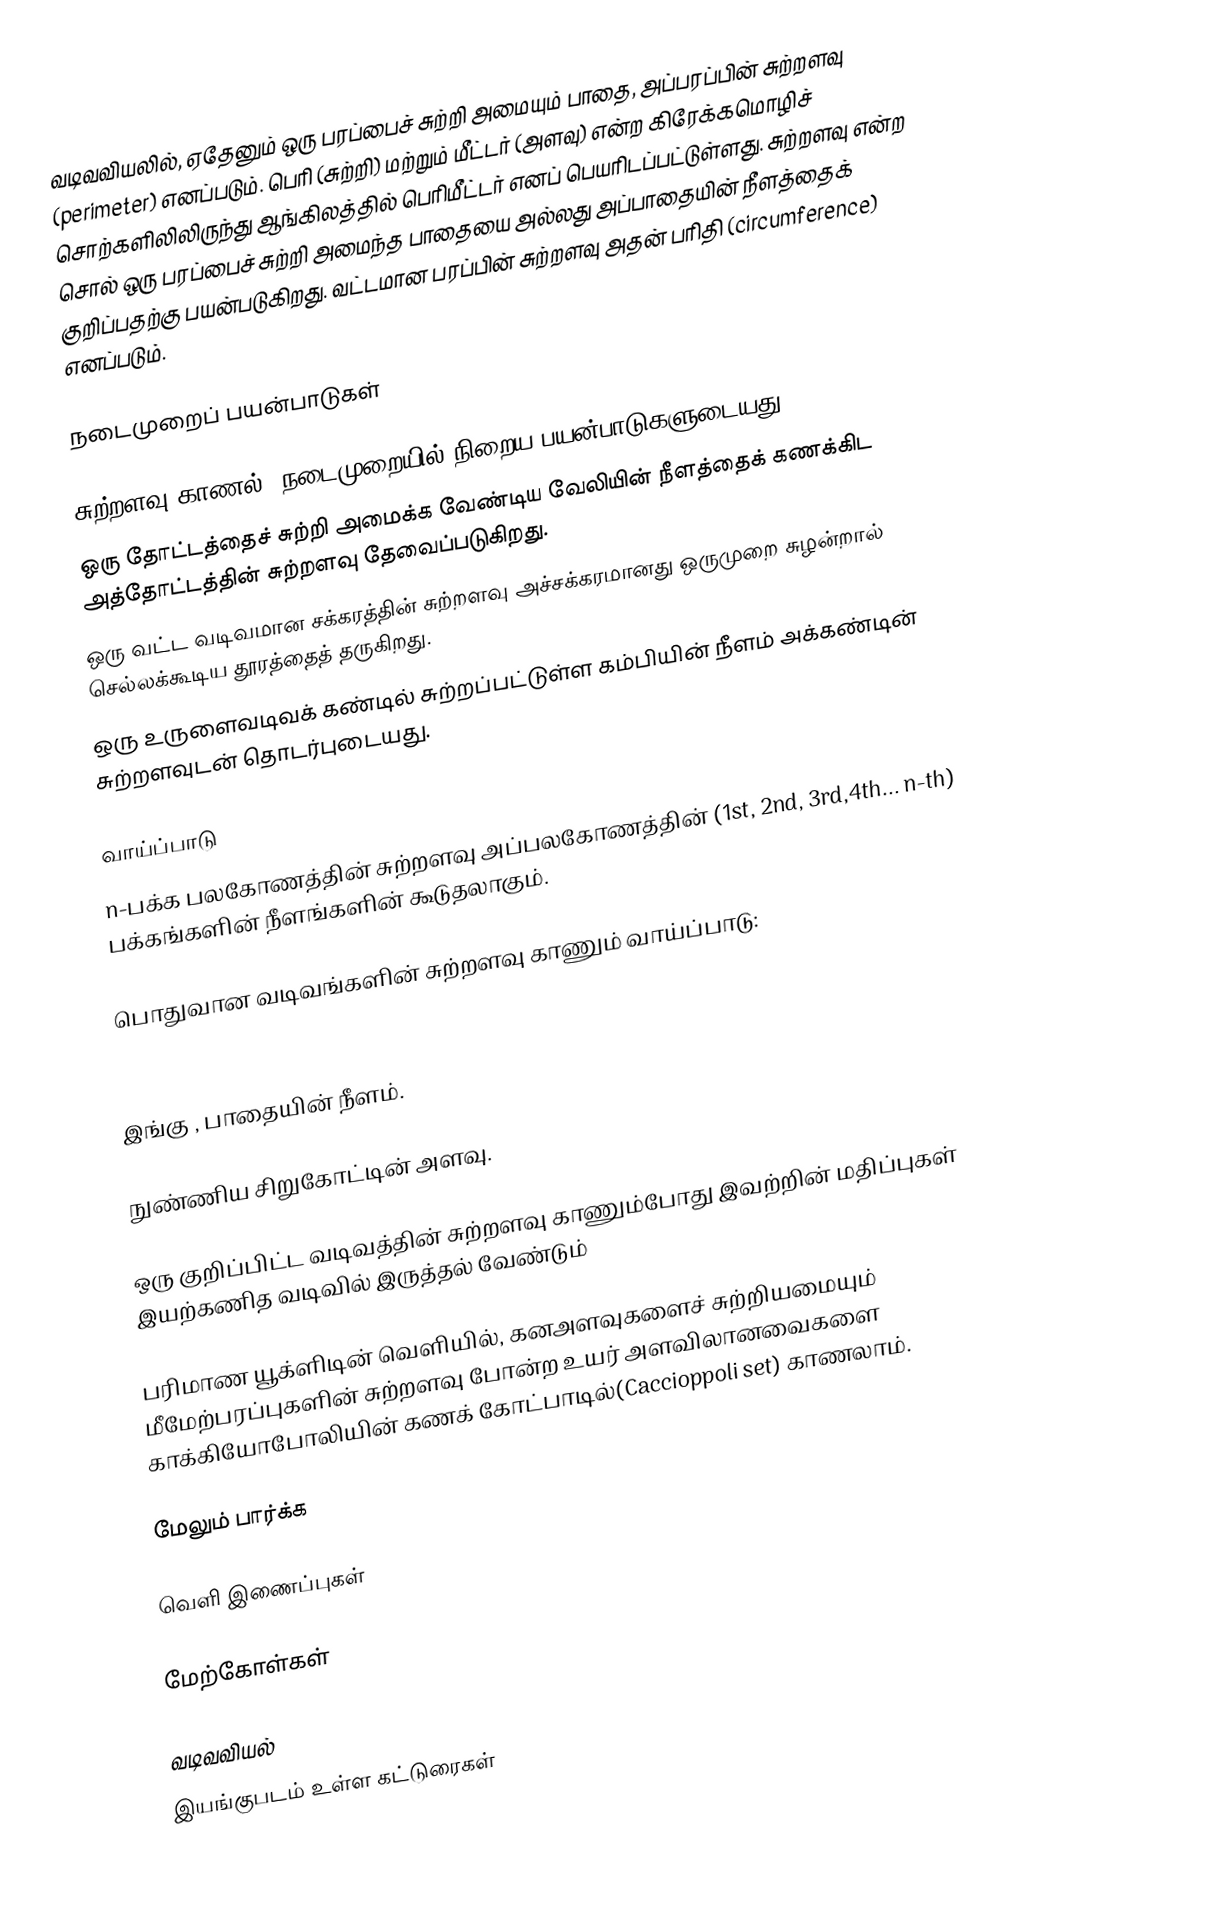
வடிவவியலில், ஏதேனும் ஒரு பரப்பைச் சுற்றி அமையும் பாதை, அப்பரப்பின் சுற்றளவு (perimeter) எனப்படும். பெரி (சுற்றி) மற்றும் மீட்டர் (அளவு) என்ற கிரேக்கமொழிச் சொற்களிலிலிருந்து ஆங்கிலத்தில் பெரிமீட்டர் எனப் பெயரிடப்பட்டுள்ளது. சுற்றளவு என்ற சொல் ஒரு பரப்பைச் சுற்றி அமைந்த பாதையை அல்லது அப்பாதையின் நீளத்தைக் குறிப்பதற்கு பயன்படுகிறது.  வட்டமான பரப்பின் சுற்றளவு அதன் பரிதி (circumference) எனப்படும்.

நடைமுறைப் பயன்பாடுகள்

சுற்றளவு காணல், நடைமுறையில் நிறைய பயன்பாடுகளுடையது.
ஒரு தோட்டத்தைச் சுற்றி அமைக்க வேண்டிய வேலியின் நீளத்தைக் கணக்கிட அத்தோட்டத்தின் சுற்றளவு தேவைப்படுகிறது.
ஒரு வட்ட வடிவமான சக்கரத்தின் சுற்றளவு அச்சக்கரமானது ஒருமுறை சுழன்றால் செல்லக்கூடிய தூரத்தைத் தருகிறது.
ஒரு உருளைவடிவக் கண்டில் சுற்றப்பட்டுள்ள கம்பியின் நீளம் அக்கண்டின் சுற்றளவுடன் தொடர்புடையது.

வாய்ப்பாடு
n-பக்க பலகோணத்தின் சுற்றளவு அப்பலகோணத்தின் (1st, 2nd, 3rd,4th... n-th) பக்கங்களின் நீளங்களின் கூடுதலாகும்.

பொதுவான வடிவங்களின் சுற்றளவு காணும் வாய்ப்பாடு:

இங்கு  , பாதையின் நீளம்.

 நுண்ணிய சிறுகோட்டின் அளவு.

ஒரு குறிப்பிட்ட வடிவத்தின் சுற்றளவு காணும்போது இவற்றின் மதிப்புகள் இயற்கணித வடிவில் இருத்தல் வேண்டும்

 பரிமாண யூக்ளிடின் வெளியில், கனஅளவுகளைச் சுற்றியமையும் மீமேற்பரப்புகளின் சுற்றளவு போன்ற உயர் அளவிலானவைகளை காக்கியோபோலியின் கணக் கோட்பாடில்(Caccioppoli set) காணலாம்.

மேலும் பார்க்க

வெளி இணைப்புகள்

மேற்கோள்கள்

வடிவவியல்
இயங்குபடம் உள்ள கட்டுரைகள்